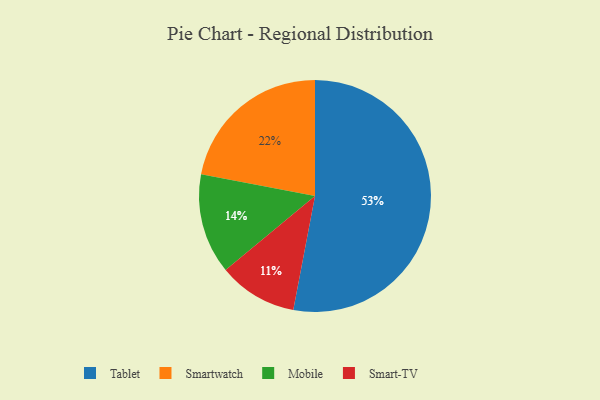
{"axis": {"x": "Category", "y": "Percentage"}, "legend": ["Mobile", "Smart-TV", "Smartwatch", "Tablet"], "data": [{"x": "Smart-TV", "y": 11, "type": "Smart-TV"}, {"x": "Smartwatch", "y": 22, "type": "Smartwatch"}, {"x": "Tablet", "y": 53, "type": "Tablet"}, {"x": "Mobile", "y": 14, "type": "Mobile"}]}